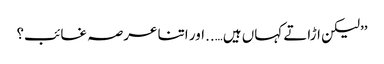
’’لیکن اڑاتے کہاں ہیں…..اور اتنا عرصہ غائب؟